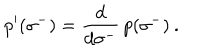
\: p ^ { \prime } ( \sigma ^ { - } ) = \frac { d } { d \sigma ^ { - } } \, p ( \sigma ^ { - } ) \: .